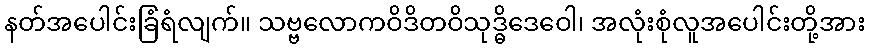
နတ်အပေါင်းခြံရံလျက်။ သဗ္ဗလောကဝိဒိတဝိသုဒ္ဓိဒေဝေါ၊ အလုံးစုံလူအပေါင်းတို့အား